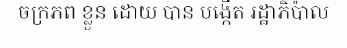
ចក្រភព ខ្លួន ដោយ បាន បង្កើត រដ្ឋាភិប៉ាល